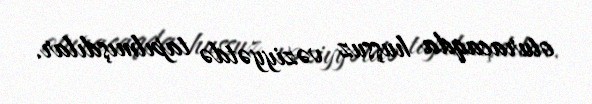
oturacaqda huşsuz vəziyyətdə tapılmışdılar.